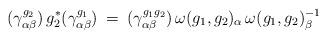
LaTeX: \begin{align*}(\gamma^{g_2}_{\alpha \beta}) \, g_2^* (\gamma^{g_1}_{\alpha \beta}) \: = \:(\gamma^{g_1 g_2}_{\alpha \beta}) \, \omega(g_1, g_2)_{\alpha} \,\omega(g_1, g_2)_{\beta}^{-1}\end{align*}